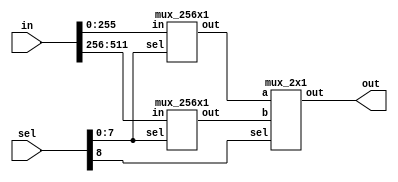

module mux_512x1 (in,sel,out);
input [511:0] in;
input [8:0]sel;
output out;
wire out0_w, out1_w;

mux_256x1 m512_0(.in(in[255:0]),.sel(sel[7:0]),.out(out0_w));
mux_256x1 m512_1(.in(in[511:256]),.sel(sel[7:0]),.out(out1_w));
mux_2x1 m512_2(.a(out0_w),.b(out1_w),.sel(sel[8]),.out(out));

endmodule

module mux_256x1 (in,sel,out);
input [255:0] in;
input [7:0]sel;
output out;
wire out0_w, out1_w;

mux_128x1 m256_0(.in(in[127:0]),.sel(sel[6:0]),.out(out0_w));
mux_128x1 m256_1(.in(in[255:128]),.sel(sel[6:0]),.out(out1_w));
mux_2x1 m256_2(.a(out0_w),.b(out1_w),.sel(sel[7]),.out(out));

endmodule

module mux_128x1 (in,sel,out);
input [127:0] in;
input [6:0]sel;
output out;
wire out0_w, out1_w;

mux_64x1 m128_0(.in(in[63:0]),.sel(sel[5:0]),.out(out0_w));
mux_64x1 m128_1(.in(in[127:64]),.sel(sel[5:0]),.out(out1_w));
mux_2x1 m128_2(.a(out0_w),.b(out1_w),.sel(sel[6]),.out(out));

endmodule

module mux_64x1 (in,sel,out);
input [63:0] in;
input [5:0]sel;
output out;
wire out0_w, out1_w;

mux_32x1 m64_0(.in(in[31:0]),.sel(sel[4:0]),.out(out0_w));
mux_32x1 m64_1(.in(in[63:32]),.sel(sel[4:0]),.out(out1_w));
mux_2x1 m64_2(.a(out0_w),.b(out1_w),.sel(sel[5]),.out(out));

endmodule

module mux_32x1 (in,sel,out);
input [31:0] in;
input [4:0]sel;
output out;
wire out0_w, out1_w;

mux_16x1 m32_0(.in(in[15:0]),.sel(sel[3:0]),.out(out0_w));
mux_16x1 m32_1(.in(in[31:16]),.sel(sel[3:0]),.out(out1_w));
mux_2x1 m32_2(.a(out0_w),.b(out1_w),.sel(sel[4]),.out(out));

endmodule

module mux_16x1 (in,sel,out);
input [15:0] in;
input [3:0]sel;
output out;
wire out0_w, out1_w;

mux_8x1 m16_0(.in(in[7:0]),.sel(sel[2:0]),.out(out0_w));
mux_8x1 m16_1(.in(in[15:8]),.sel(sel[2:0]),.out(out1_w));
mux_2x1 m16_2(.a(out0_w),.b(out1_w),.sel(sel[3]),.out(out));

endmodule

module mux_8x1 (in,sel,out);
input [7:0] in;
input [2:0]sel;
output out;
wire out0_w, out1_w;

mux_4x1 m8_0(.in(in[3:0]),.sel(sel[1:0]),.out(out0_w));
mux_4x1 m8_1(.in(in[7:4]),.sel(sel[1:0]),.out(out1_w));
mux_2x1 m8_2(.a(out0_w),.b(out1_w),.sel(sel[2]),.out(out));

endmodule

module mux_4x1 (in,sel,out);
input [3:0] in;
input [1:0]sel;
output out;
wire out0_w, out1_w;

mux_2x1 m4_0(.a(in[0]),.b(in[1]),.sel(sel[0]),.out(out0_w));
mux_2x1 m4_1(.a(in[2]),.b(in[3]),.sel(sel[0]),.out(out1_w));
mux_2x1 m4_2(.a(out0_w),.b(out1_w),.sel(sel[1]),.out(out));

endmodule 

module mux_2x1 (a,b,sel,out);
input a,b;
input sel;
output out;

assign out = sel ? b : a;

endmodule